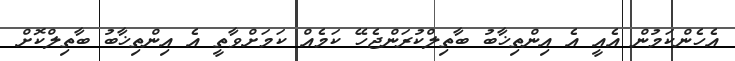
އެހެންކަމުން އެއީ އެ އިންތިޚާބު ބާތިލްކުރަންޖެހޭ ކަމެއް ކަމަށްވާތީ އެ އިންތިޚާބު ބާތިލްކޮށް